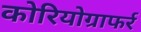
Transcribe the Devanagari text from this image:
कोरियोग्राफर्र